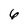
Character: 6